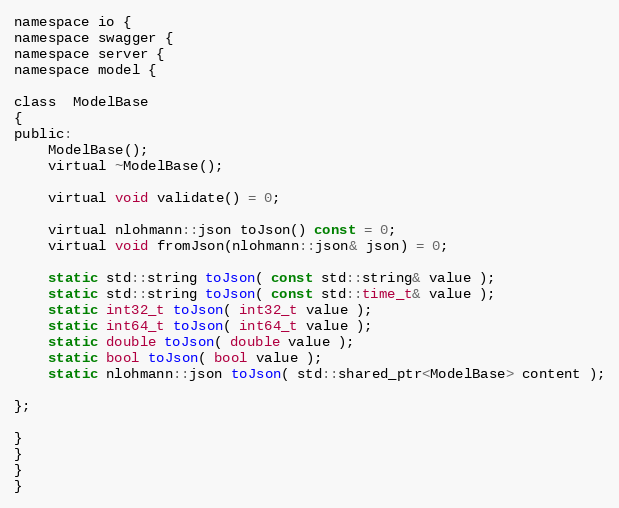
Language: C
namespace io {
namespace swagger {
namespace server {
namespace model {

class  ModelBase
{
public:
    ModelBase();
    virtual ~ModelBase();

    virtual void validate() = 0;

    virtual nlohmann::json toJson() const = 0;
    virtual void fromJson(nlohmann::json& json) = 0;

    static std::string toJson( const std::string& value );
    static std::string toJson( const std::time_t& value );
    static int32_t toJson( int32_t value );
    static int64_t toJson( int64_t value );
    static double toJson( double value );
    static bool toJson( bool value );
    static nlohmann::json toJson( std::shared_ptr<ModelBase> content );

};

}
}
}
}